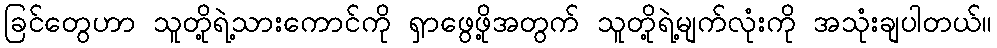
ခြင်တွေဟာ သူတို့ရဲ့သားကောင်ကို ရှာဖွေဖို့အတွက် သူတို့ရဲ့မျက်လုံးကို အသုံးချပါတယ်။